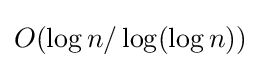
O(\log n/\log(\log n))